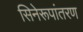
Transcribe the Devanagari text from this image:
सिनेरूपांतरण